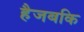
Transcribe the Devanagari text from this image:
हैजबकि